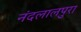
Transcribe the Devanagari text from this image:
नंदलालपुरा